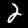
Digit: 2